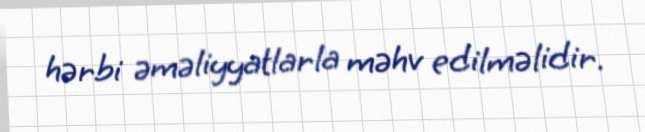
hərbi əməliyyatlarla məhv edilməlidir.